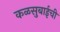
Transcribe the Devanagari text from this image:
कळसुबाईची